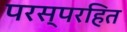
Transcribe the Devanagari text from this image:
परस्परहित